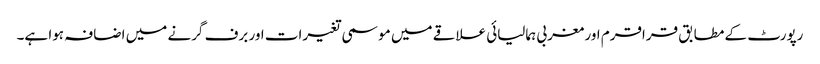
رپورٹ کے مطابق قراقرم اور مغربی ہمالیائی علاقے میں موسمی تغیرات اور برف گرنے میں اضافہ ہوا ہے۔